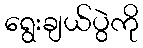
ရွေးချယ်ပွဲကို